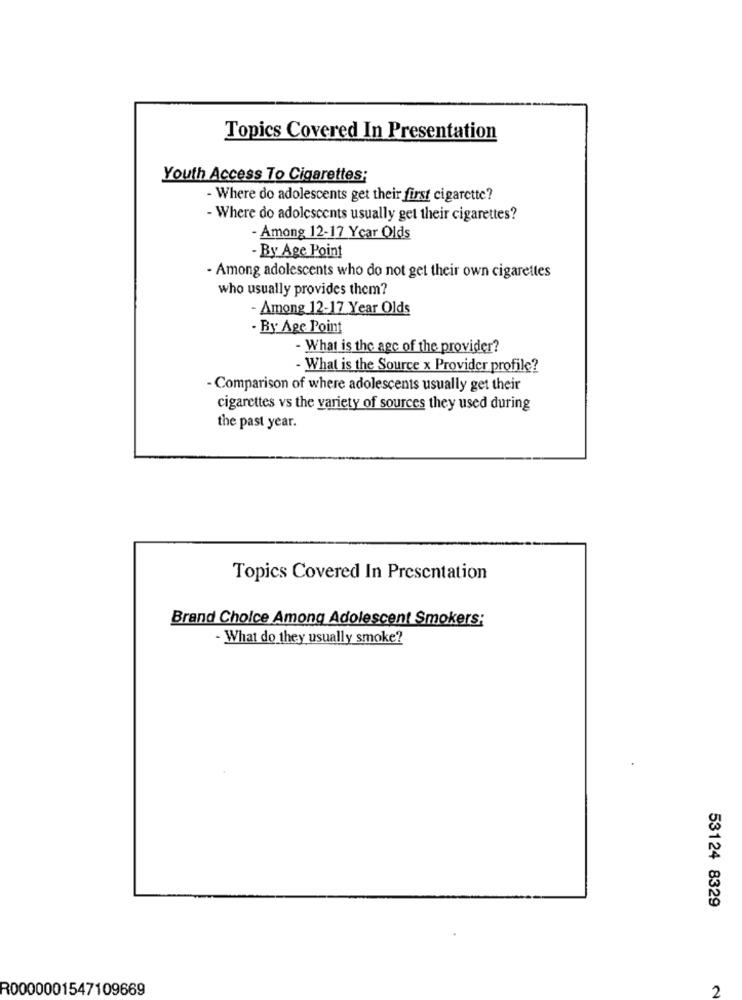
Topics Covered In Presentation
Youth Access To Cigarettes;
- Where do adolescents get their first cigarette?
- Where do adolescents usually get their cigarettes?
- Among 12-17 Year Olds
- By Age Point
- Among adolescents who do not get their own cigarettes
who usually provides them?
- Among 12-17 Year Olds
- By Age Point
- What is the agc of the provider?
- What is the Source x Provider profile?
- Comparison of where adolescents usually get their
cigarettes vs the variety of sources they used during
the past year.
Topics Covered In Presentation
Brand Choice Among Adolescent Smokers:
- What do they usually smoke?
53124 8329
R0000001547109669
2